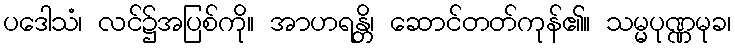
ပဒေါသံ၊ လင်၌အပြစ်ကို။ အာဟရန္တိ၊ ဆောင်တတ်ကုန်၏။ သမ္မပုဏ္ဏမုခ၊